Annual report of lunatic asylums [Bombay] - 1912-1922
Year: 1912
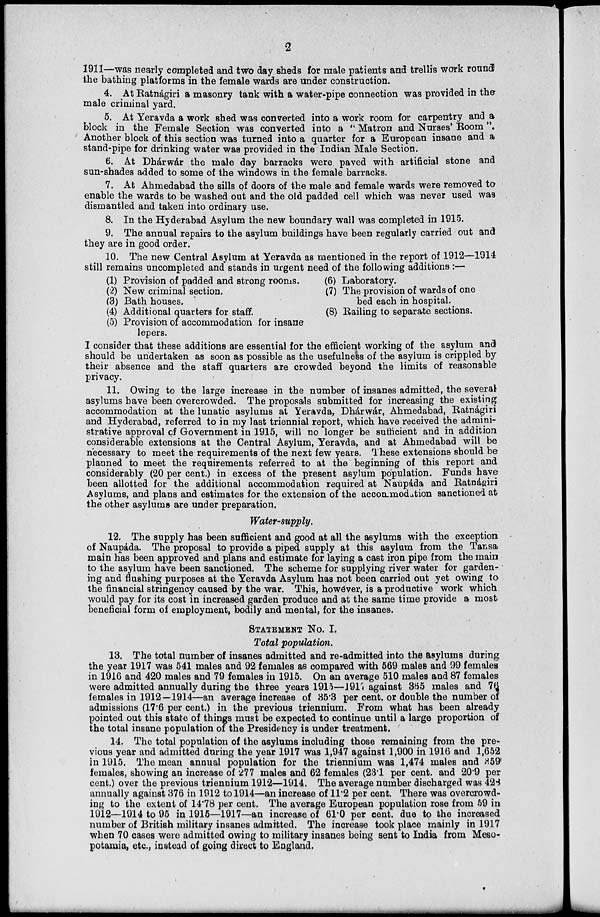
2
1911—was nearly completed and two day sheds for male patients and trellis work round
the bathing platforms in the female wards are under construction.
4. At Ratnágiri a masonry tank with a water-pipe connection was provided in the
male criminal yard.
5. At Yeravda a work shed was converted into a work room for carpentry and a
block in the Female Section was converted into a " Matron and Nurses' Room".
Another block of this section was turned into a quarter for a European insane and a
stand-pipe for drinking water was provided in the Indian Male Section.
6. At Dhárwár the male day barracks were paved with artificial stone and
sun-shades added to some of the windows in the female barracks.
7. At Ahmedabad the sills of doors of the male and female wards were removed to
enable the wards to be washed out and the old padded cell which was never used was
dismantled and taken into ordinary use.
8. In the Hyderabad Asylum the new boundary wall was completed in 1915.
9. The annual repairs to the asylum buildings have been regularly carried out and
they are in good order.
10. The new Central Asylum at Yeravda as mentioned in the report of 1912—1914
still remains uncompleted and stands in urgent need of the following additions:—
(1) Provision of padded and strong rooms.
(2) New criminal section.
(3) Bath houses.
(4) Additional quarters for staff.
(5) Provision of accommodation for insane
lepers.
(6) Laboratory.
(7) The provision of wards of one
bed each in hospital.
(8) Railing to separate sections.
I consider that these additions are essential for the efficient working of the asylum and
should be undertaken as soon as possible as the usefulness of the asylum is crippled by
their absence and the staff quarters are crowded beyond the limits of reasonable
privacy.
11. Owing to the large increase in the number of insanes admitted, the several
asylums have been overcrowded. The proposals submitted for increasing the existing
accommodation at the lunatic asylums at Yeravda, Dhárwár, Ahmedabad, Ratnágiri
and Hyderabad, referred to in my last triennial report, which have received the admini-
strative approval of Government in 1915, will no longer be sufficient and in addition
considerable extensions at the Central Asylum, Yeravda, and at Ahmedabad will be
necessary to meet the requirements of the next few years. These extensions should be
planned to meet the requirements referred to at the beginning of this report and
considerably (20 per cent.) in excess of the present asylum population. Funds have
been allotted for the additional accommodation required at Naupáda and Ratnágiri
Asylums, and plans and estimates for the extension of the accommodation sanctioned at
the other asylums are under preparation.
Water-supply.
12. The supply has been sufficient and good at all the asylums with the exception
of Naupáda. The proposal to provide a piped supply at this asylum from the Tansa
main has been approved and plans and estimate for laying a cast iron pipe from the main
to the asylum have been sanctioned. The scheme for supplying river water for garden-
ing and flushing purposes at the Yeravda Asylum has not been carried out yet owing to
the financial stringency caused by the war. This, however, is a productive work which
would pay for its cost in increased garden produce and at the same time provide a most
beneficial form of employment, bodily and mental, for the insanes.
STATEMENT No. I.
Total population.
13. The total number of insanes admitted and re-admitted into the asylums during
the year 1917 was 541 males and 92 females as compared with 569 males and 99 females
in 1916 and 420 males and 79 females in 1915. On an average 510 males and 87 females
were admitted annually during the three years 1915—1917 against 365 males and 76
females in 1912—1914—an average increase of 35.3 per cent. or double the number of
admissions (17.6 per cent.) in the previous triennium. From what has been already
pointed out this state of things must be expected to continue until a large proportion of
the total insane population of the Presidency is under treatment.
14. The total population of the asylums including those remaining from the pre-
vious year and admitted during the year 1917 was 1,947 against 1,900 in 1916 and 1,652
in 1915. The mean annual population for the triennium was 1,474 males and 359
females, showing an increase of 277 males and 62 females (23.1 per cent. and 20.9 per
cent.) over the previous triennium 1912—1914. The average number discharged was 428
annually against 376 in 1912 to 1914—an increase of 11.2 per cent. There was overcrowd-
ing to the extent of 14.78 per cent. The average European population rose from 59 in
1912—1914 to 95 in 1915—1917—an increase of 61.0 per cent. due to the increased
number of British military insanes admitted. The increase took place mainly in 1917
when 70 cases were admitted owing to military insanes being sent to India from Meso-
potamia, etc., instead of going direct to England.